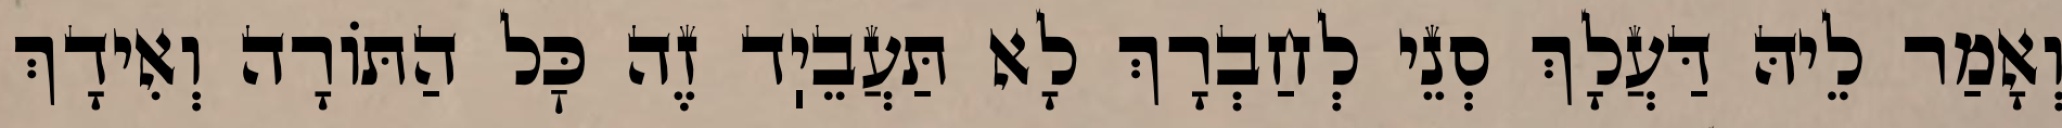
וְאָמַר לֵיהּ דַּעֲלָךְ סְנֵי לְחַבְרָךְ לָא תַּעֲבֵיֽד זֶה כׇּל הַתּוֹרָה וְאִידָךְ